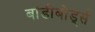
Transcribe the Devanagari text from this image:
बॉडीबोर्ड्स